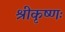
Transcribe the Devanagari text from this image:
श्रीकृष्णः